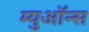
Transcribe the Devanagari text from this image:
म्युऑन्स